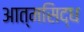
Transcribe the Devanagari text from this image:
आत्मसिद्ध